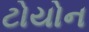
ટોયોન